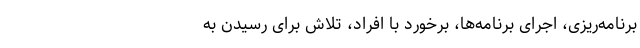
برنامه‌ریزی، اجرای برنامه‌ها، برخورد با افراد، تلاش برای رسیدن به